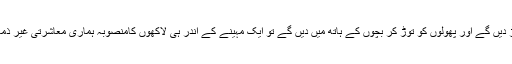
اب اگر ایک ایک ٹائل کو اکھاڑ دیں گے اور پھولوں کو توڑ کر بچوں کے ہاتھ میں دیں گے تو ایک مہینے کے اندر ہی لاکھوں کامنصوبہ ہماری معاشرتی غیر ذمہ داریوں کی بھینٹ چڑھے گا۔